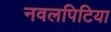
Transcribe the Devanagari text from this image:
नवलपिटिया